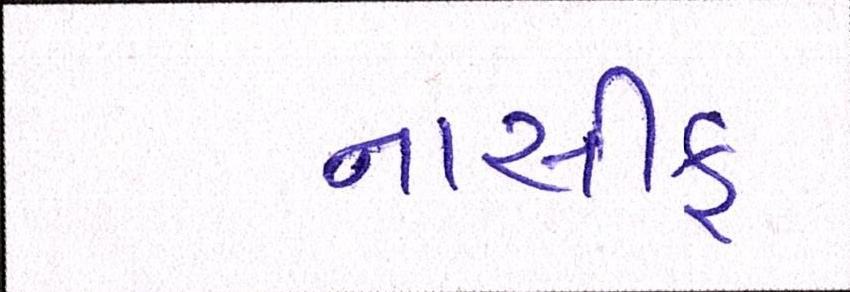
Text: નાસીક